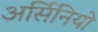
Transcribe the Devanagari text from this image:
अर्सिनियो